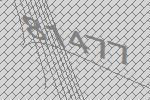
81477